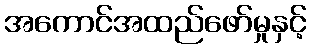
အကောင်အထည်ဖော်မှုနှင့်